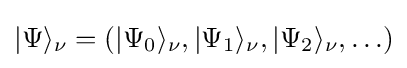
|\Psi \rangle _{\nu }=(|\Psi _{0}\rangle _{\nu },|\Psi _{1}\rangle _{\nu },|\Psi _{2}\rangle _{\nu },\ldots )